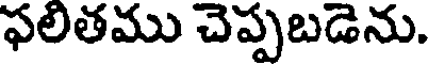
ఫలితము చెప్పబడెను.